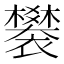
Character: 䙪